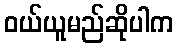
ဝယ်ယူမည်ဆိုပါက